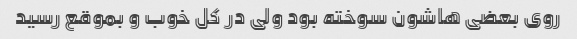
روی بعضی هاشون سوخته بود ولی در کل خوب و بموقع رسید